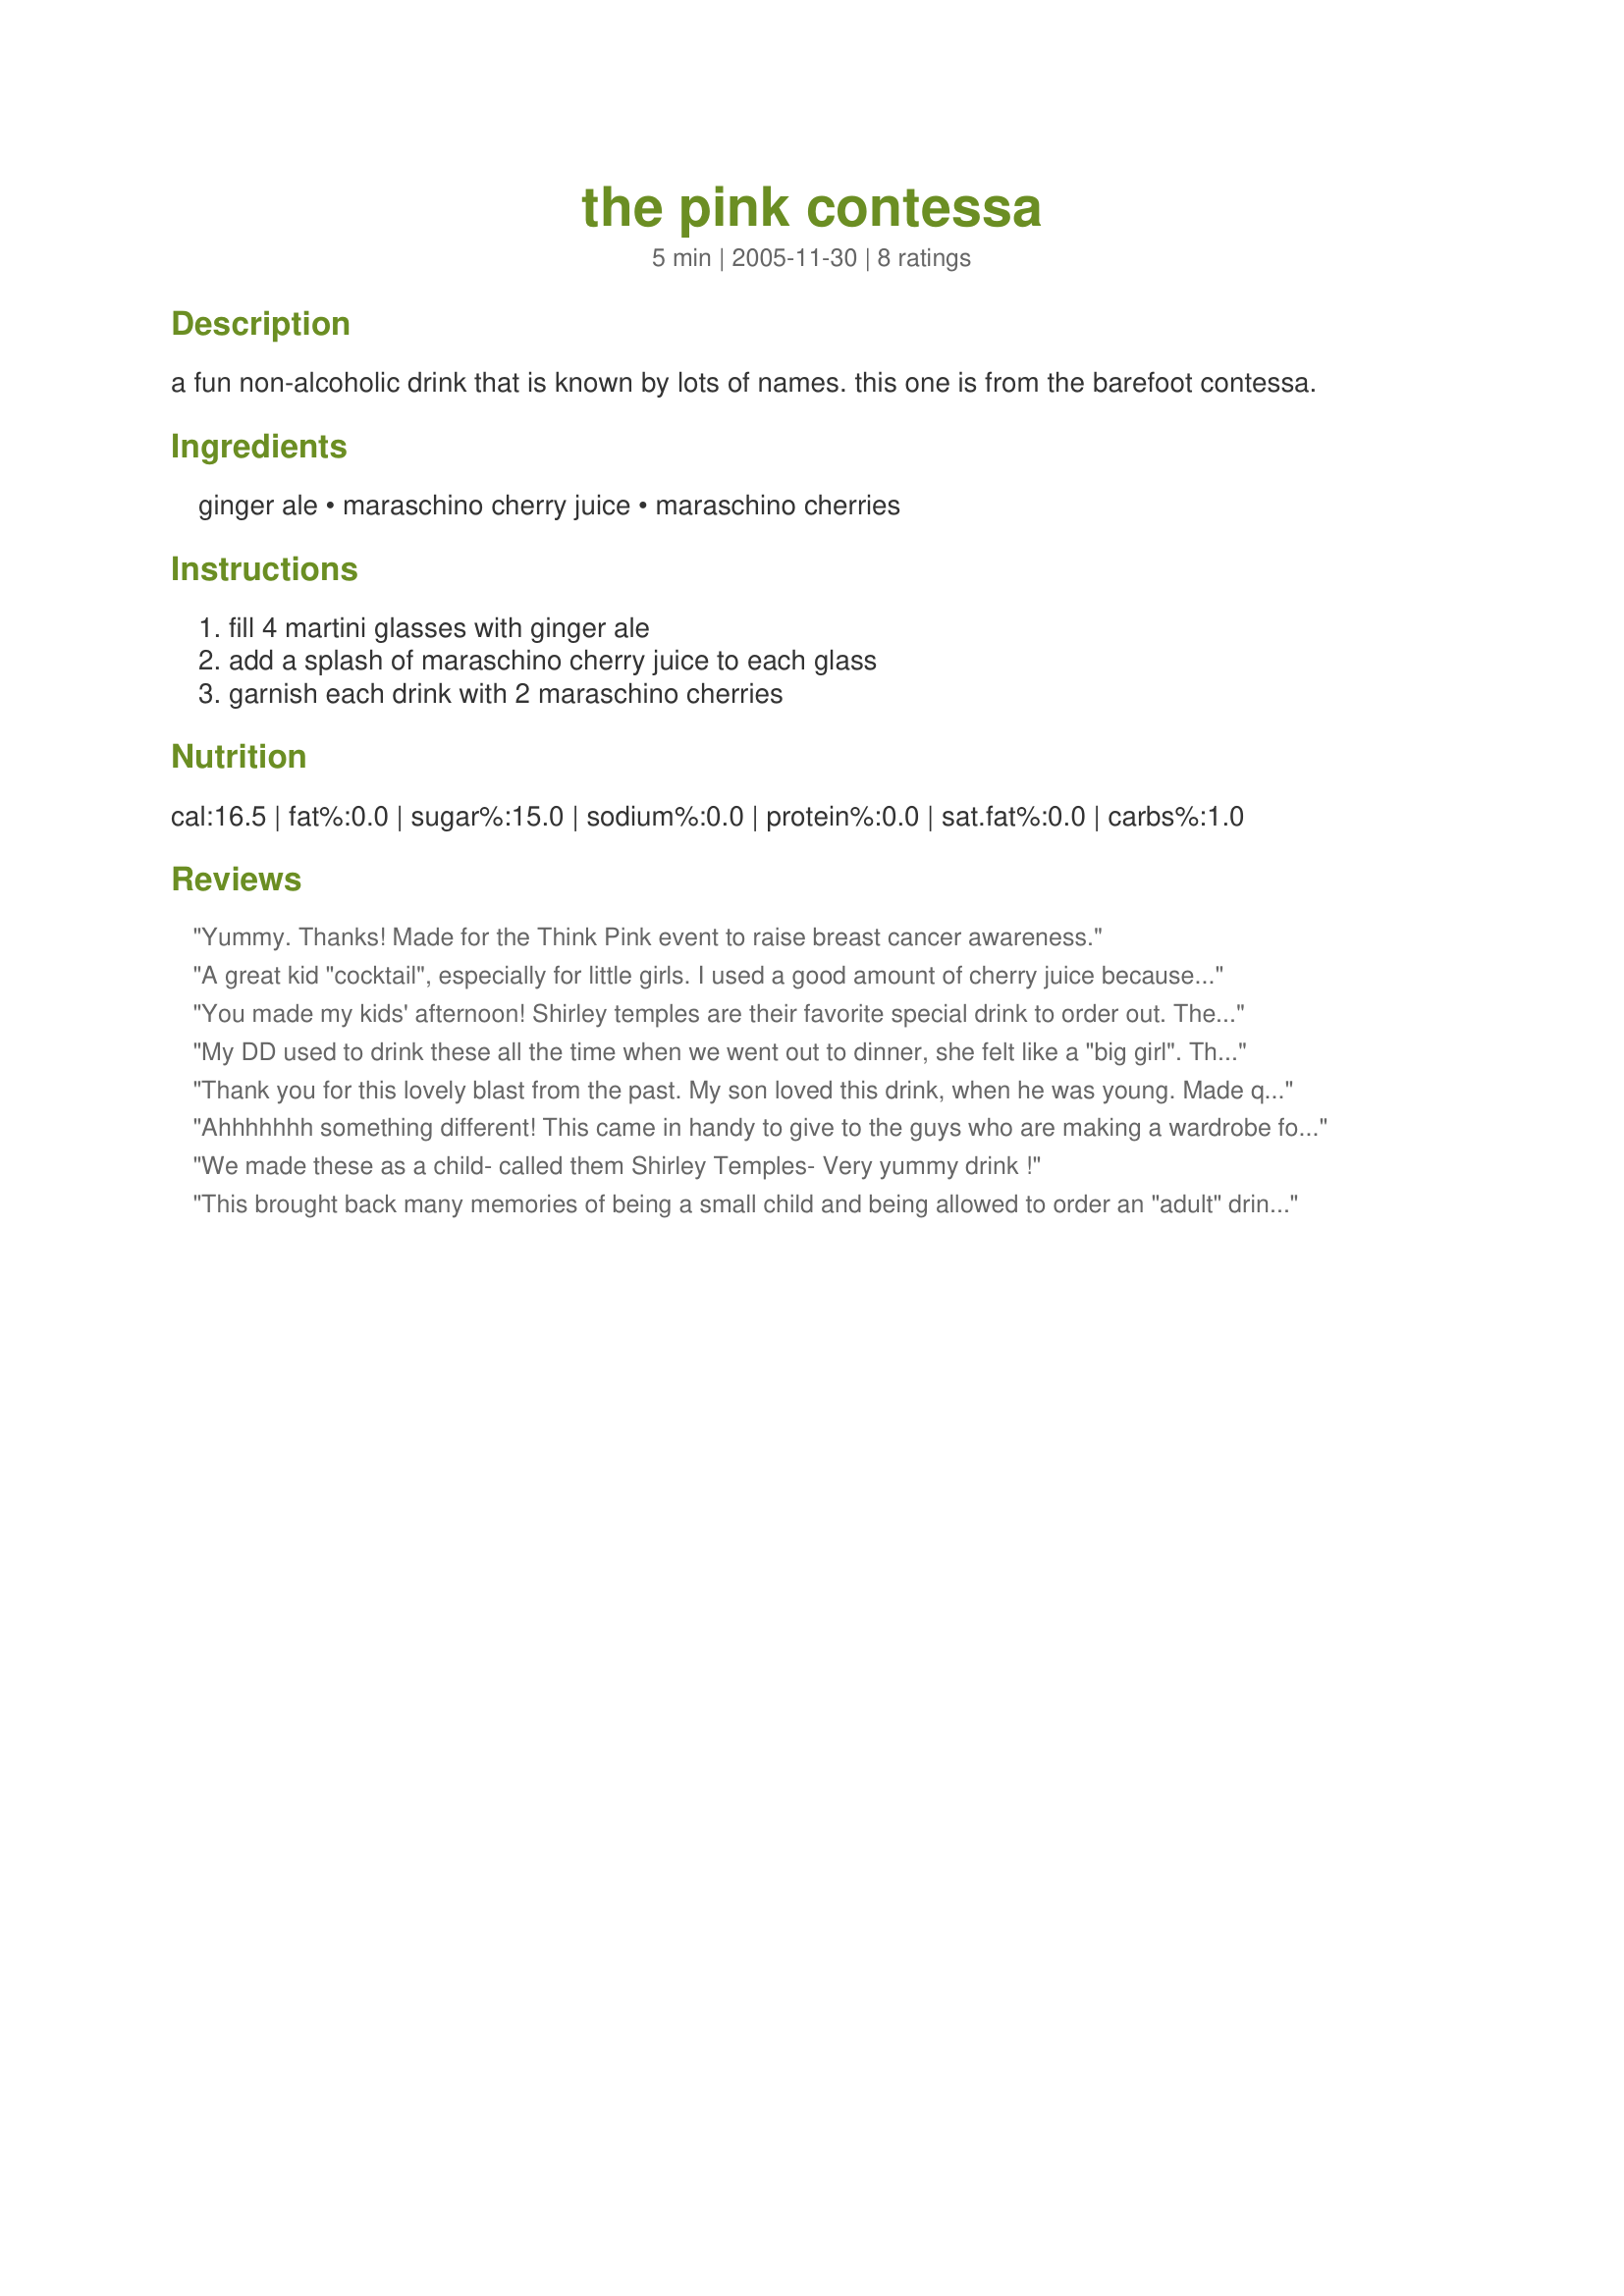
the pink contessa
Preparation time: 5 minutes

a fun non-alcoholic drink that is known by lots of names. this one is from the barefoot contessa.

Ingredients:
ginger ale, maraschino cherry juice, maraschino cherries

Steps:
fill 4 martini glasses with ginger ale, add a splash of maraschino cherry juice to each glass, garnish each drink with 2 maraschino cherries

Reviews:
Yummy. Thanks! Made for the Think Pink event to raise breast cancer awareness.
A great kid "cocktail", especially for little girls. I used a good amount of cherry juice because that is what gives it great flavor. Thanks for posting a classic. We called them Shirley Temples, but I like this name better.
You made my kids' afternoon! Shirley temples are their favorite special drink to order out. They were thrilled to have one at home!
My DD used to drink these all the time when we went out to dinner, she felt like a "big girl". The only difference is we called them a Shirley Temple cocktail but the same idea. I like the ginger ale a lot better than Sprite or 7-up and I only pour enough maraschino cherry juice to give the ginger ale a tint of red and a light flavor of cherries. Great for adults as well as children. Thanks for posting Lvs2Cook and bringing back great memories! Made and reviewed for the Secret Ingredient tag game.
Thank you for this lovely blast from the past. My son loved this drink, when he was young. Made quite a production out of drinking it too. I'll be making him one for Thanksgiving. This was a lovely, fizzy, sweet and gingery drink. Thanks for sharing.
Ahhhhhhh something different! This came in handy to give to the guys who are making a wardrobe for my home here in Mumbai, India. Everyone had a blast! Thanks :)
We made these as a child- called them Shirley Temples- Very yummy drink !
This brought back many memories of being a small child and being allowed to order an "adult" drink... I always felt so grown up when the bartender would hand me my "cocktail"!!! I still love them today... I too always knew this as a Shirley Temple but I love this new modern name too!!!
